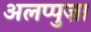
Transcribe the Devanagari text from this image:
अलप्पुज़ा